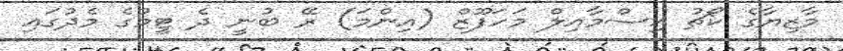
މާޒިޔާގެ ކޯޗު އިސްމާއިލް މަހަފޫޒް (އިންމަ) ރޭ ބުނީ ދެ ޓީމުގެ މެދުގައި